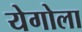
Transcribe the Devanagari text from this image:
येगोला